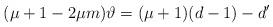
LaTeX: \begin{align*}(\mu +1-2\mu m)\vartheta =(\mu +1)(d-1)-d'\end{align*}